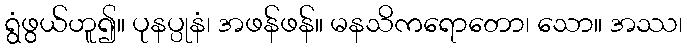
ရွံဖွယ်ဟူ၍။ ပုနပ္ပုနံ၊ အဖန်ဖန်။ မနသိကရောတော၊ သော။ အဿ၊